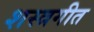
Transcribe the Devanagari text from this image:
शस्त्रगीत